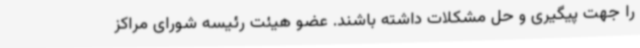
را جهت پیگیری و حل مشکلات داشته باشند. عضو هیئت رئیسه شورای مراکز